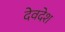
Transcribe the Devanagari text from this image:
देवदेश